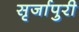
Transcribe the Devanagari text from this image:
सृर्जापुरी